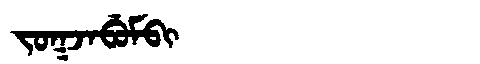
Manchu: ᠵᠣᡴᠵᠠᠪᡠᠮᠪᡳ
Romanization: JOKJABUMBI